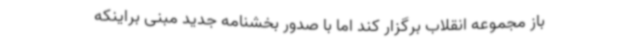
باز مجموعه انقلاب برگزار کند اما با صدور بخشنامه جدید مبنی براینکه